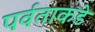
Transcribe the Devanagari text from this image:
पर्वताकडे